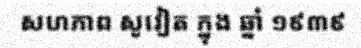
សហភាព សូវៀត ក្នុង ឆ្នាំ ១៩៣៩